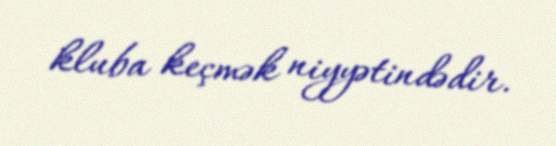
kluba keçmək niyyətindədir.